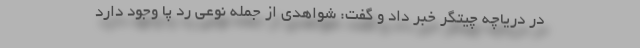
در دریاچه چیتگر خبر داد و گفت: شواهدی از جمله نوعی رد پا وجود دارد